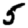
Digit: 5